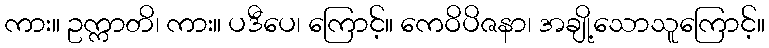
ကား။ ဥက္ကာတိ၊ ကား။ ပဒီပေ၊ ကြောင့်။ ကေဝိပိဇနာ၊ အချို့သောသူကြောင့်။